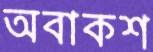
অবাকশ